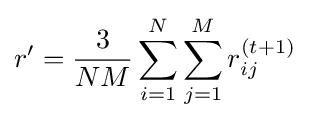
r'={\frac {3}{NM}}\sum _{i=1}^{N}\sum _{j=1}^{M}r_{ij}^{(t+1)}